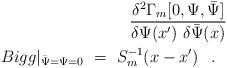
LaTeX: \begin{align*}{\displaystyle{\delta^2 \Gamma_{m} [0,\Psi,\bar\Psi]\over\delta\Psi (x^\prime)\ \delta\bar\Psi (x)}}\\Bigg\vert_{\bar\Psi = \Psi = 0}\ =\ S_{m}^{-1} (x-x^\prime ) \hspace{0.3cm}.\hspace{0.3cm}\end{align*}